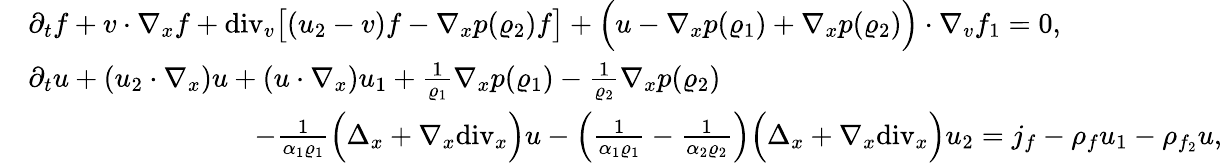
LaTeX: \begin{array}{rl}&{\partial_{t}f+v\cdot\nabla_{x}f+\mathrm{div}_{v}\big[(u_{2}-v)f-\nabla_{x}p(\varrho_{2})f\big]+\Big(u-\nabla_{x}p(\varrho_{1})+\nabla_{x}p(\varrho_{2})\Big)\cdot\nabla_{v}f_{1}=0,}\\ &{\partial_{t}u+(u_{2}\cdot\nabla_{x})u+(u\cdot\nabla_{x})u_{1}+\frac{1}{\varrho_{1}}\nabla_{x}p(\varrho_{1})-\frac{1}{\varrho_{2}}\nabla_{x}p(\varrho_{2})}\\ &{\qquad\qquad\qquad\qquad-\frac{1}{\alpha_{1}\varrho_{1}}\Big(\Delta_{x}+\nabla_{x}\mathrm{div}_{x}\Big)u-\left(\frac{1}{\alpha_{1}\varrho_{1}}-\frac{1}{\alpha_{2}\varrho_{2}}\right)\Big(\Delta_{x}+\nabla_{x}\mathrm{div}_{x}\Big)u_{2}=j_{f}-\rho_{f}u_{1}-\rho_{f_{2}}u,}\end{array}